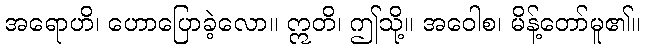
အရောဟိ၊ ဟောပြောခဲ့လော။ ဣတိ၊ ဤသို့။ အဝေါစ၊ မိန့်တော်မူ၏။